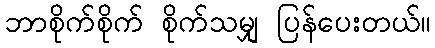
ဘာစိုက်စိုက် စိုက်သမျှ ပြန်ပေးတယ်။